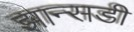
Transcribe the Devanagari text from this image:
झान्सडी